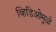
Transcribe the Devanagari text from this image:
व्हिडिओमुळे